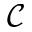
\mathcal { C }